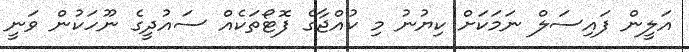
އަލީން ފައިސަލް ނަމަކަށް ކިޔުނު މި ކުއްޖާގެ ފޮޓޯތަކެއް ސައުދީގެ ނޫހަކުން ވަނީ